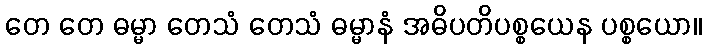
တေ တေ ဓမ္မာ တေသံ တေသံ ဓမ္မာနံ အဓိပတိပစ္စယေန ပစ္စယော။